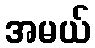
အမယ်